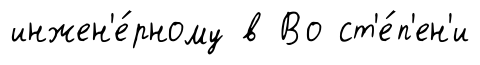
инжен'е́рному в Во ст'е́п'ен'и